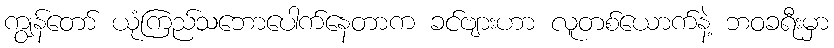
ကျွန်တော် ယုံကြည်သဘောပေါက်နေတာက ခင်ဗျားဟာ လူတစ်ယောက်နဲ့ ဘဝခရီးမှာ